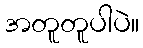
အတူတူပါပဲ။